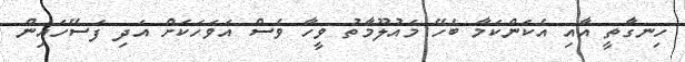
ހިނގާތީ އާއި އެކަންކަމާ ބެހޭ މައުލޫމާތު ވީހާ ވެސް އަވަހަކަށް އަދި ފަސޭހައިން